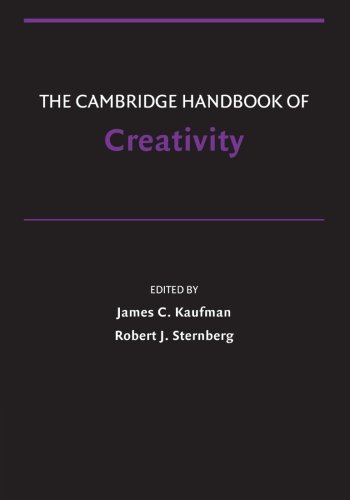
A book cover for The Cambridge Handbook of Creativity (Cambridge Handbooks in Psychology); Medical Books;